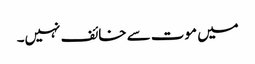
میں موت سے خائف نہیں۔